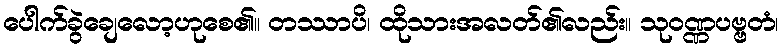
ပေါက်ခွဲချေလော့ဟုစေ၏။ တဿာပိ၊ ထိုသားအလတ်၏လည်း။ သုဝဏ္ဏပဗ္ဗတံ၊